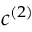
c ^ { ( 2 ) }